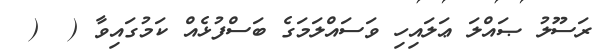
ރަސޫލު ޞައްލަ ޢަލައިހި ވަސައްލަމަގެ ބަސްފުޅެއް ކަމުގައިވާ (  (